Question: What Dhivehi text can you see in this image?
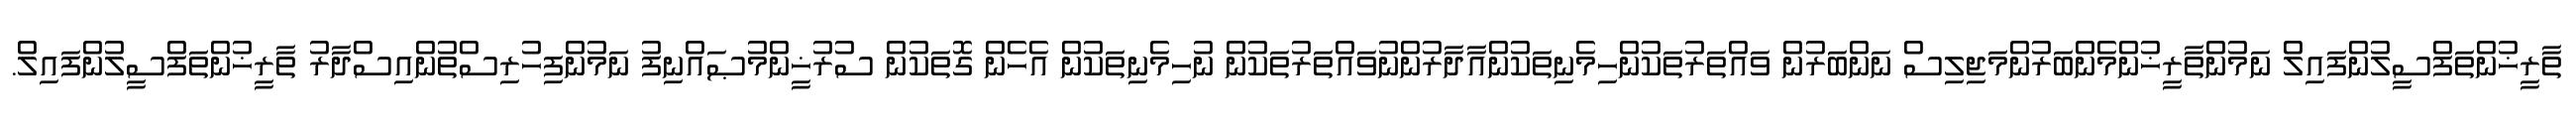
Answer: ތާރީޚުންތަފްސީލުންފައިލް ނަމުންތާރީޚުންމެންބަރުންމަޖިލިސް ނަންބަރުން ވައްތަރުތަކުންހިމެނިތަކުންއާދާރުންނުވައްތަރުތަކުން ނުހިމެނިތަކުން އެހެން ގޮތަކުން ސުރުޚީންމުޞައްނިފު ނަމުންފިހުރިސްތުންއިސްދާރު ތާރީޚުންތަފްސީލުންފައިލް.